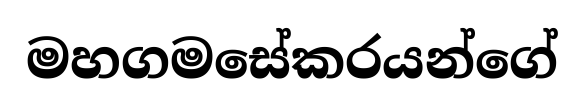
මහගමසේකරයන්ගේ